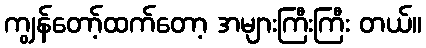
ကျွန်တော့်ထက်တော့ အများကြီးကြီး တယ်။